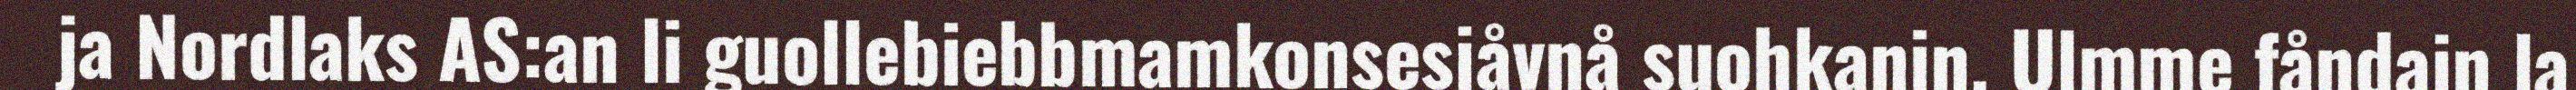
ja Nordlaks AS:an li guollebiebbmamkonsesjåvnå suohkanin. Ulmme fåndajn la